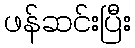
ဖန်ဆင်းပြီး